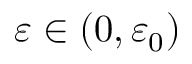
\varepsilon \in ( 0 , \varepsilon _ { 0 } )